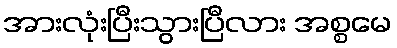
အားလုံးပြီးသွားပြီလား အစ္စမေ